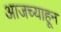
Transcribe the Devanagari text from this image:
आजच्याहून